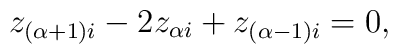
z_{(\alpha+1) i} - 2 z_{\alpha i} + z_{(\alpha-1) i} = 0,